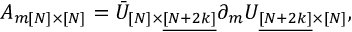
A _ { m [ N ] \times [ N ] } = \bar { U } _ { [ N ] \times \underline { { { [ N + 2 k ] } } } } \partial _ { m } U _ { \underline { { { [ N + 2 k ] } } } \times [ N ] } ,